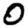
Digit: 0